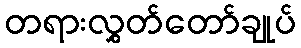
တရားလွှတ်တော်ချုပ်